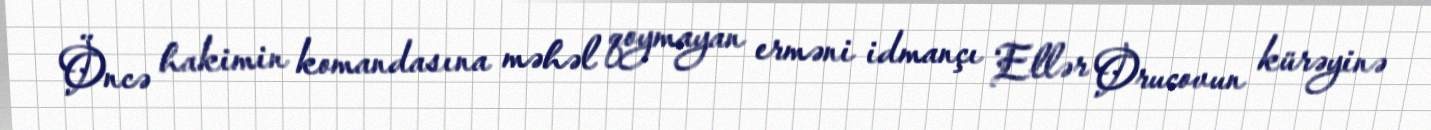
Öncə hakimin komandasına məhəl qoymayan erməni idmançı Ellər Orucovun kürəyinə